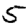
Digit: 5